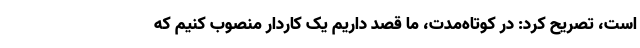
است، تصریح کرد: در کوتاه‌مدت، ما قصد داریم یک کاردار منصوب کنیم که